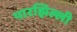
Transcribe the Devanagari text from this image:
पारझिल्ली